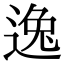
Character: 逸